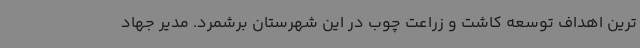
ترین اهداف توسعه کاشت و زراعت چوب در این شهرستان برشمرد. مدیر جهاد